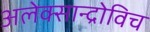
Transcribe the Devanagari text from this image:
अलेक्सान्द्रोविच